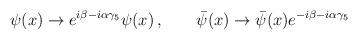
LaTeX: \begin{align*}\psi(x) \to e^{i\beta-i\alpha\gamma_5} \psi(x) \, , \qquad \bar \psi(x) \to \bar \psi(x) e^{-i\beta-i\alpha\gamma_5}\end{align*}